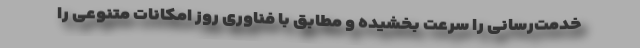
خدمت‌رسانی را سرعت بخشیده و مطابق با فناوری روز امکانات متنوعی را